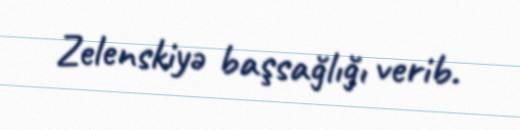
Zelenskiyə başsağlığı verib.